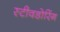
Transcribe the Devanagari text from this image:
स्टीवडोरिंग